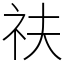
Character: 䃿